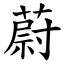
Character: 蔚